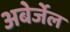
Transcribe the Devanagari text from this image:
अबेर्जेल